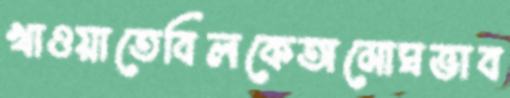
খাওয়াতেবিলকেঅমোঘভাব